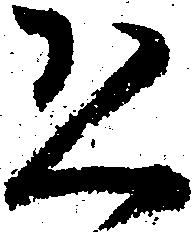
恐